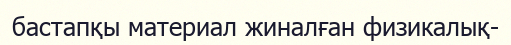
бастапқы материал жиналған физикалық-